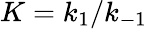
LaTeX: K=k_{1}/k_{-1}